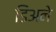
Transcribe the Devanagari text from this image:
डिअने